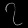
Digit: ၇